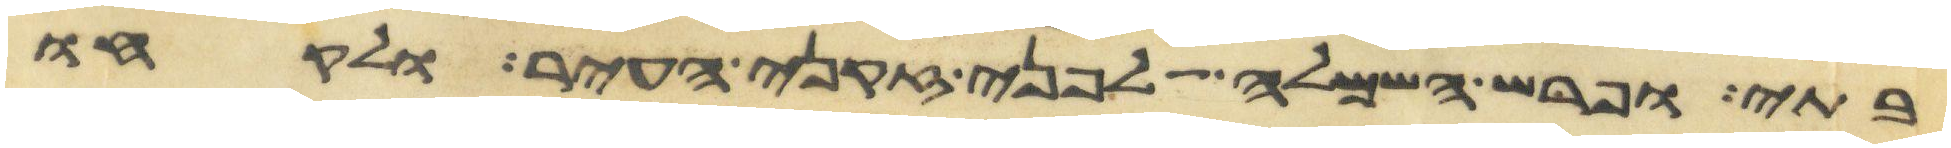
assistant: בתי ופרש השמלה לפני זקני העיר ולקחו